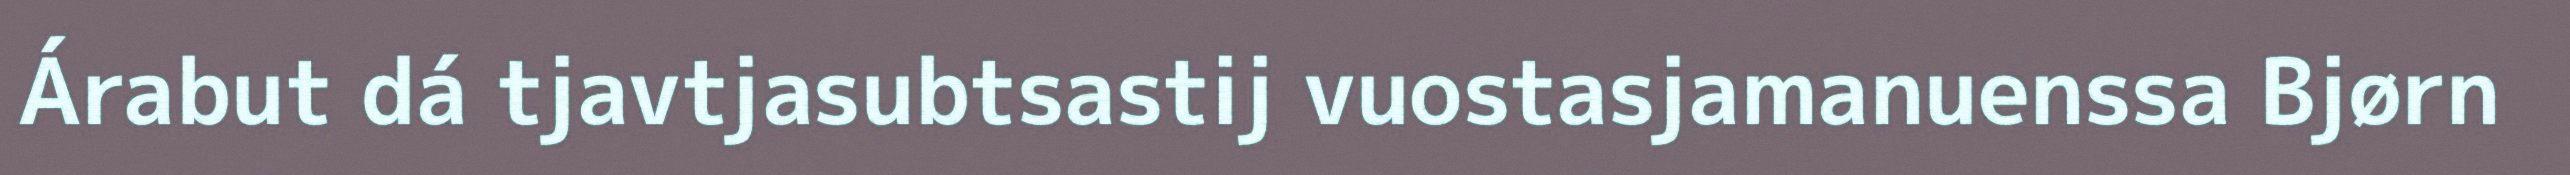
Árabut dá tjavtjasubtsastij vuostasjamanuenssa Bjørn